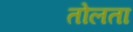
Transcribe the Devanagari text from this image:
तोलता